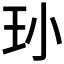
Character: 𮴁